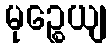
မုဉ္စေယျ